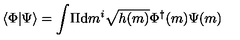
\langle \Phi | \Psi \rangle = \int \! \Pi \mathrm { d } m ^ { i } \sqrt { h ( m ) } \Phi ^ { \dagger } ( m ) \Psi ( m )